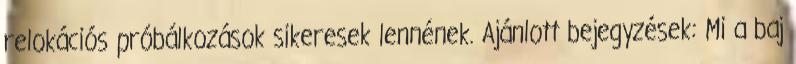
relokációs próbálkozások sikeresek lennének. Ajánlott bejegyzések: Mi a baj